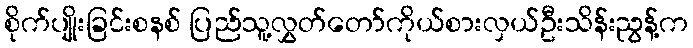
စိုက်ပျိုးခြင်းစနစ် ပြည်သူ့လွှတ်တော်ကိုယ်စားလှယ်ဦးသိန်းညွန့်က